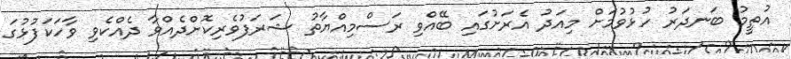
އުތީމު ބަނދަރު ހުޅުވުމަށް މިއަދު އެރަށުގައި ބޭއްވި ރަސްމިއްޔާތު ޝަރަފުވެރިކޮށްދެއްވާ ދެއްކެވި ވާހަކަފުޅުގަ